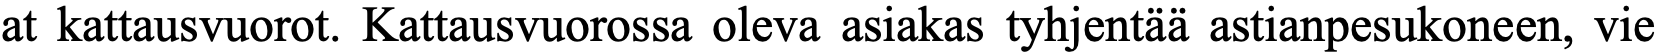
at kattausvuorot. Kattausvuorossa oleva asiakas tyhjentää astianpesukoneen, vie